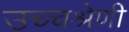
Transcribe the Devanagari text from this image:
उच्चश्रेणी